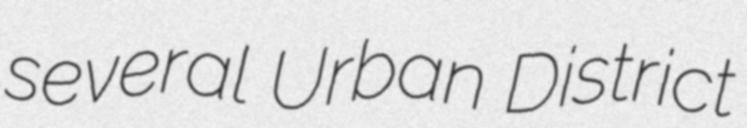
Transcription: several Urban District